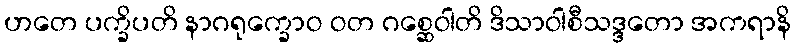
ဟတေ ပက္ခိပတိ နာဂရုက္ခောဝ ဝတ ဂစ္ဆေဝါတိ ဒိသာဝါစီသဒ္ဒတော အကရာနိ